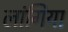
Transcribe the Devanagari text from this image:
लांगिया